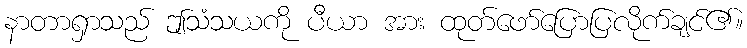
နာတာရှာသည် ဤသံသယကို ပီယာ အား ထုတ်ဖော်ပြောပြလိုက်ချင်၏။